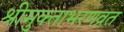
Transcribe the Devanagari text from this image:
श्रीमुक्ताभरणव्रत